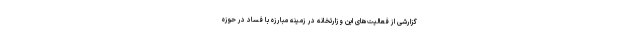
گزارشی از فعالیت‌های این وزارتخانه در زمینه مبارزه با فساد در حوزه